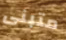
متبنى